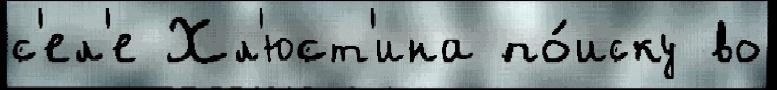
с'ел'е Хл'юст'ина по́иску во